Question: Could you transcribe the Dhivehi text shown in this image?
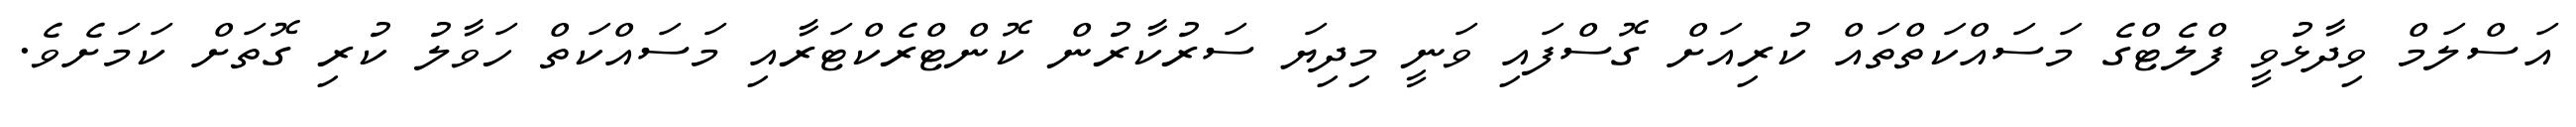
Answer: އަސްލަމް ވިދާޅުވީ ފްލެޓްގެ މަސައްކަތްތައް ކުރިއަށް ގޮސްފައި ވަނީ މިދިޔަ ސަރުކާރުން ކޮންޓްރެކްޓަރާއި މަސައްކަތް ހަވާލު ކުރި ގޮތަށް ކަމަށެވެ.